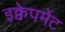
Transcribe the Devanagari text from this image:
इक्वेपमेंट